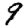
Digit: 9